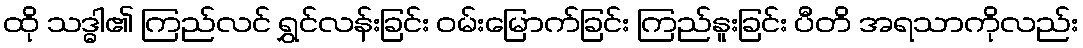
ထို သဒ္ဓါ၏ ကြည်လင် ရွှင်လန်းခြင်း ဝမ်းမြောက်ခြင်း ကြည်နူးခြင်း ပီတိ အရသာကိုလည်း